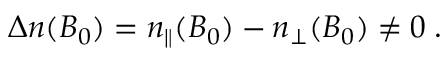
\begin{array} { r } { \Delta n ( B _ { 0 } ) = n _ { \parallel } ( B _ { 0 } ) - n _ { \perp } ( B _ { 0 } ) \neq 0 \; . } \end{array}